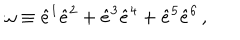
LaTeX: \omega \equiv \hat { e } ^ { 1 } \hat { e } ^ { 2 } + \hat { e } ^ { 3 } \hat { e } ^ { 4 } + \hat { e } ^ { 5 } \hat { e } ^ { 6 } \, ,